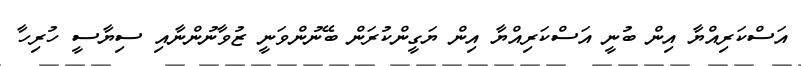
އަސްކަރިއްޔާ އިން ބުނީ އަސްކަރިއްޔާ އިން ޔަގީންކުރަން ބޭނުންވަނީ ޒުވާނުންނާއި ސިޔާސީ ހުރިހާ